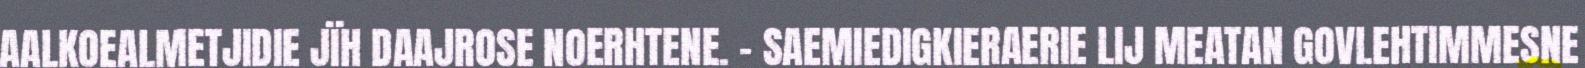
AALKOEALMETJIDIE JÏH DAAJROSE NOERHTENE. - SAEMIEDIGKIERAERIE LIJ MEATAN GOVLEHTIMMESNE